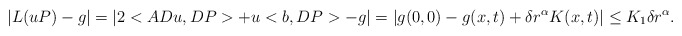
\begin{align*}|L(uP)-g|= | 2<ADu, DP> + u<b,DP> - g|=|g(0,0) - g(x,t) + \delta r^{\alpha} K(x,t)| \leq K_1 \delta r^{\alpha}.\end{align*}